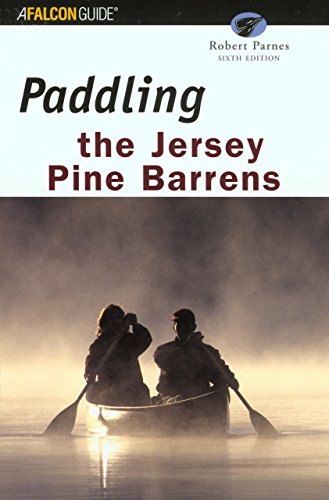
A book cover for Paddling the Jersey Pine Barrens, 6th (Regional Paddling Series); Robert Parnes; Travel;